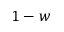
1 - w